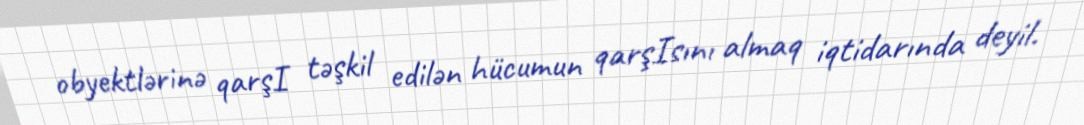
obyektlərinə qarşI təşkil edilən hücumun qarşIsını almaq iqtidarında deyil.